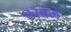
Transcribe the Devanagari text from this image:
काबंळे